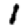
Digit: 1